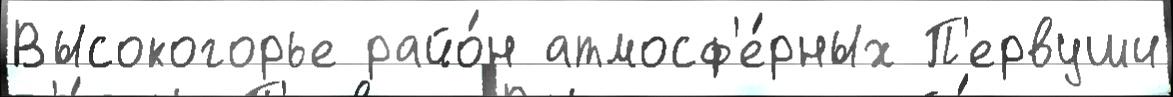
Высокогорье райо́н атмосф'е́рных П'ервуши